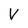
Character: V